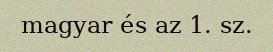
magyar és az 1. sz.